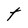
Character: t